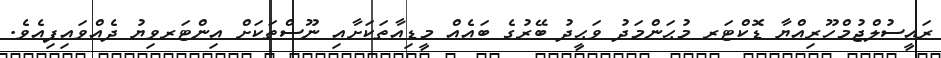
ރައީސުލްޖުމްހޫރިއްޔާ ޑޮކްޓަރ މުޙަންމަދު ވަޙީދު ބޭރުގެ ބައެއް މީޑިއާތަކަށާއި ނޫސްތަކަށް އިންޓަރވިޔު ދެއްވައިފިއެވެ.